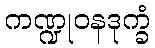
ကဏ္ဍုဝနဒုက္ခံ